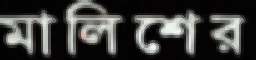
মালিশের